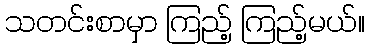
သတင်းစာမှာ ကြည့် ကြည့်မယ်။